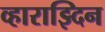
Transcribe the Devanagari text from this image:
व्हाराझ्दिन